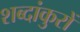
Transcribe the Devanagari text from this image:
शब्दांकुरों